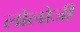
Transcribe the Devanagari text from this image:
लोलोजी